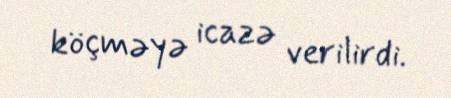
köçməyə icazə verilirdi.